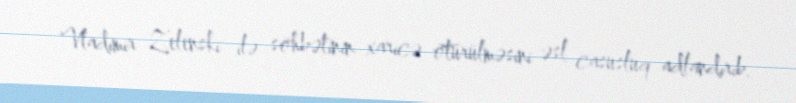
Vladimir Zelenski ilə söhbətinin xaricə ötürülməsini əsl casusluq adlandırıb.